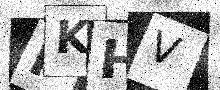
Text: PKHV